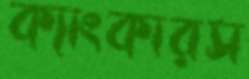
ক্যাংকারস